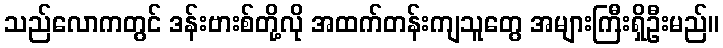
သည်လောကတွင် ဒန်းဗားစ်တို့လို အထက်တန်းကျသူတွေ အများကြီးရှိဦးမည်။